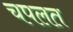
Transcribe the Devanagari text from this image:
चपलत